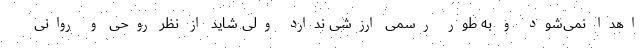
اهدا نمی‌شود و به طور رسمی ارزشی ندارد ولی شاید از نظر روحی و روانی